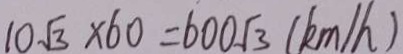
1 0 \sqrt { 3 } \times 6 0 = 6 0 0 \sqrt { 3 } ( k m / h )